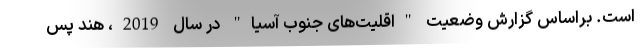
است. براساس گزارش وضعیت "اقلیت‌های جنوب آسیا" در سال 2019، هند پس